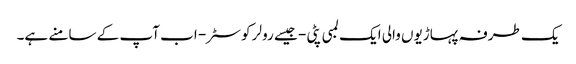
یک طرفہ پہاڑیوں والی ایک لمبی پٹی - جیسے رولر کوسٹر - اب آپ کے سامنے ہے۔